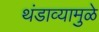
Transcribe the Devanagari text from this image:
थंडाव्यामुळे